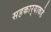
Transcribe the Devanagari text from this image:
सहकार्‍याकडे